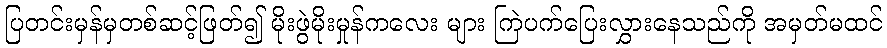
ပြတင်းမှန်မှတစ်ဆင့်ဖြတ်၍ မိုးဖွဲမိုးမှုန်ကလေး များ ကြဲပက်ပြေးလွှားနေသည်ကို အမှတ်မထင်